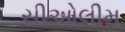
સીઓલીમ